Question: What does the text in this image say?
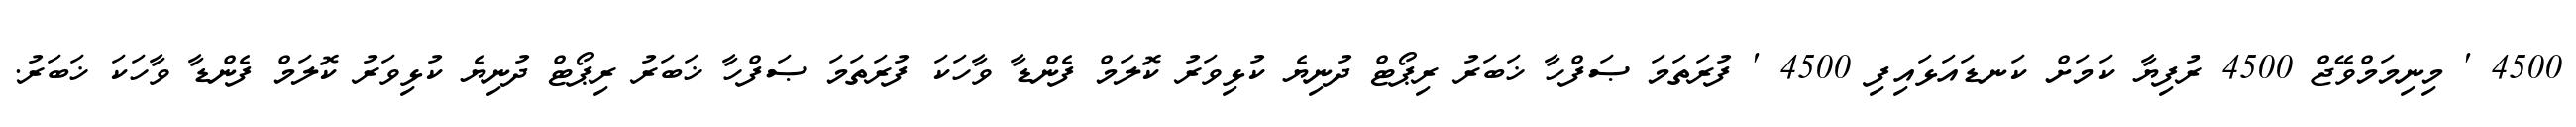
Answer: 4500 ' މިނިމަމްވޭޖް 4500 ރުފިޔާ ކަމަށް ކަނޑައަޅައިފި 4500 ' ފުރަތަމަ ޞަފްހާ ޚަބަރު ރިޕޯޓް ދުނިޔެ ކުޅިވަރު ކޮލަމް ފެންޑާ ވާހަކަ ފުރަތަމަ ޞަފްހާ ޚަބަރު ރިޕޯޓް ދުނިޔެ ކުޅިވަރު ކޮލަމް ފެންޑާ ވާހަކަ ޚަބަރު.